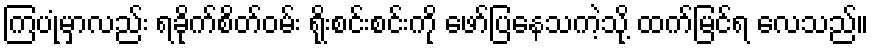
ကြပုံမှာလည်း ရခိုက်စိတ်ဝမ်း ရိုးစင်းစင်းကို ဖော်ပြနေသကဲ့သို့ ထက်မြင်ရ လေသည်။